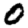
Digit: 0